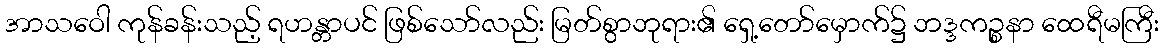
အာသဝေါ ကုန်ခန်းသည့် ရဟန္တာပင် ဖြစ်သော်လည်း မြတ်စွာဘုရား၏ ရှေ့တော်မှောက်၌ ဘဒ္ဒကဉ္စနာ ထေရီမကြီး